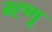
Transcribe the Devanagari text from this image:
म्ह्णू